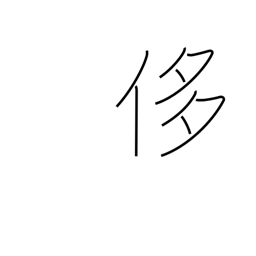
Meaning: pride